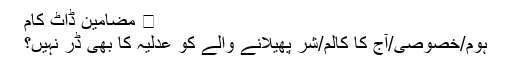
⋆ مضامین ڈاٹ کام
ہوم/خصوصی/آج کا کالم/شر پھیلانے والے کو عدلیہ کا بھی ڈر نہیں؟